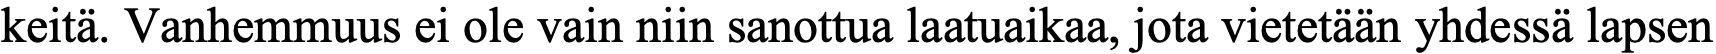
keitä. Vanhemmuus ei ole vain niin sanottua laatuaikaa, jota vietetään yhdessä lapsen